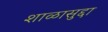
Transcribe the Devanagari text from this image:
शाळासुद्दा